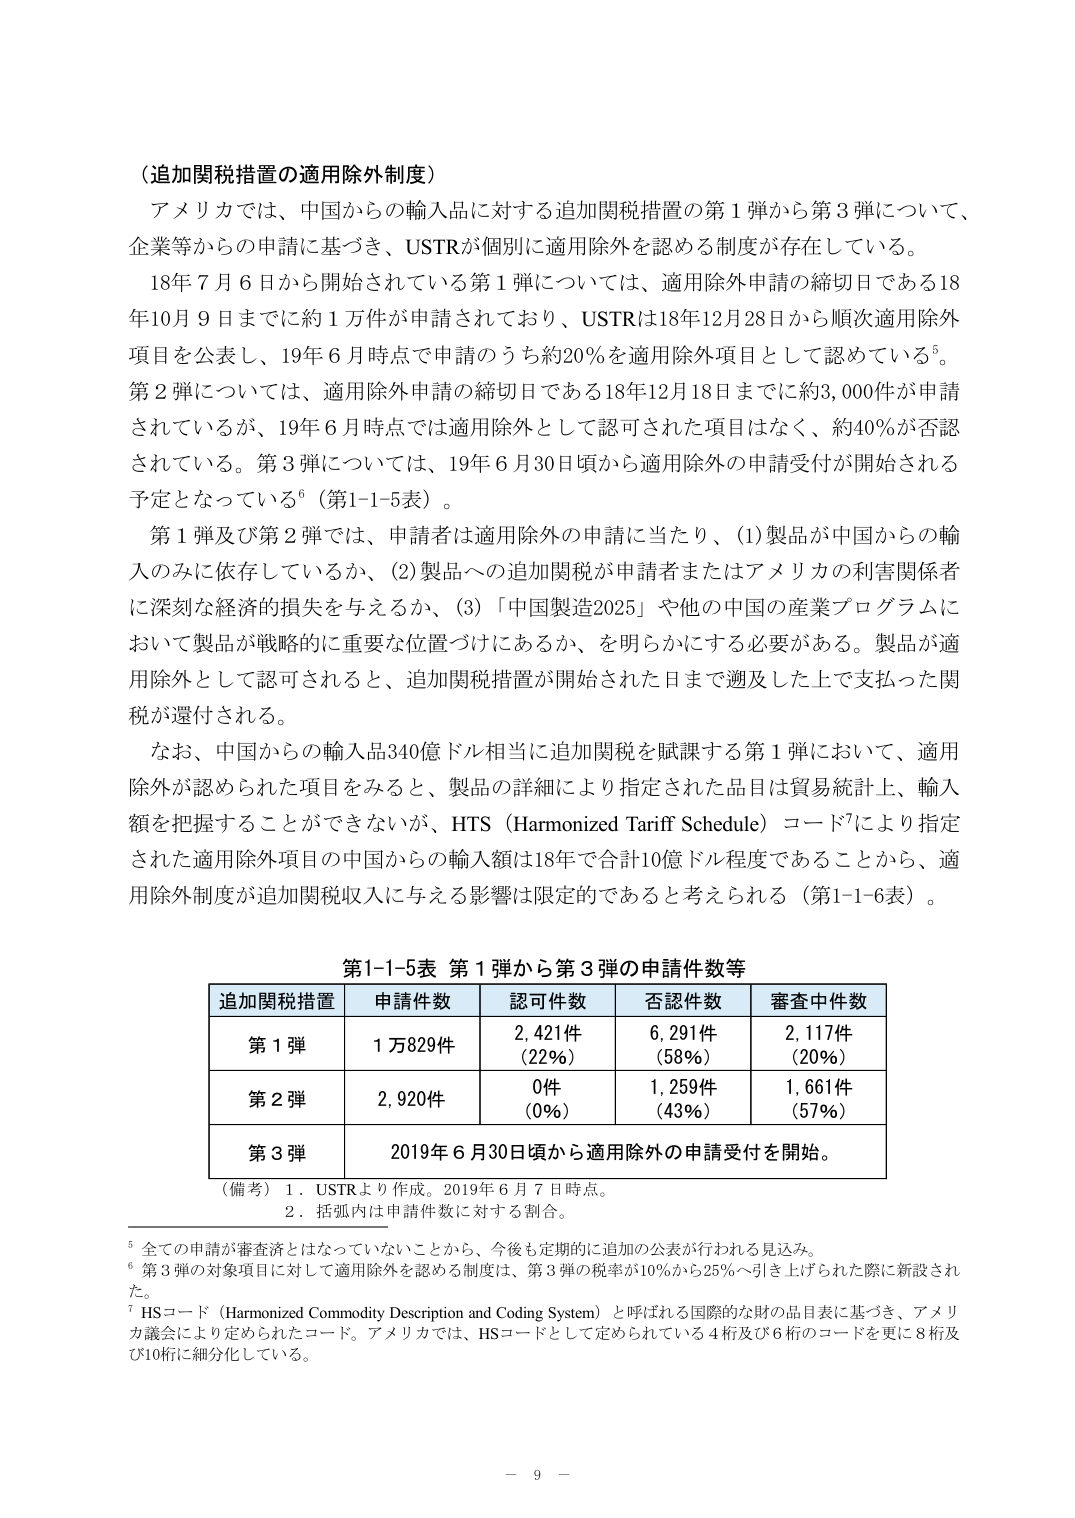
（追加関税措置の適用除外制度）

アメリカでは、中国からの輸入品に対する追加関税措置の第1弾から第3弾について、企業等からの申請に基づき、USTRが個別に適用除外を認める制度が存在している。

18年7月6日から開始されている第1弾については、適用除外申請の締切日である18年10月9日までに約1万件が申請されており、USTRは18年12月28日から順次適用除外項目を公表し、19年6月時点で申請のうち約20％を適用除外項目として認めている⁵。第2弾については、適用除外申請の締切日である18年12月18日までに約3,000件が申請されているが、19年6月時点では適用除外として認可された項目はなく、約40％が否認されている。第3弾については、19年6月30日頃から適用除外の申請受付が開始される予定となっている⁶（第1-1-5表）。

第1弾及び第2弾では、申請者は適用除外の申請に当たり、(1)製品が中国からの輸入のみに依存しているか、(2)製品への追加関税が申請者またはアメリカの利害関係者に深刻な経済的損失を与えるか、(3)「中国製造2025」や他の中国の産業プログラムにおいて製品が戦略的に重要な位置づけにあるか、を明らかにする必要がある。製品が適用除外として認可されると、追加関税措置が開始された日まで遡及した上で支払った関税が還付される。

なお、中国からの輸入品340億ドル相当に追加関税を賦課する第1弾において、適用除外が認められた項目をみると、製品の詳細により指定された品目は貿易統計上、輸入額を把握することができないが、HTS（Harmonized Tariff Schedule）コード⁷により指定された適用除外項目の中国からの輸入額は18年で合計10億ドル程度であることから、適用除外制度が追加関税収入に与える影響は限定的であると考えられる（第1-1-6表）。

第1-1-5表 第1弾から第3弾の申請件数等

| 追加関税措置 | 申請件数 | 認可件数 | 否認件数 | 審査中件数 |
|--------------|----------|----------|----------|------------|
| 第1弾        | 1万829件 | 2,421件（22％） | 6,291件（58％） | 2,117件（20％） |
| 第2弾        | 2,920件  | 0件（0％） | 1,259件（43％） | 1,661件（57％） |
| 第3弾        |          |          |          | 2019年6月30日頃から適用除外の申請受付を開始。 |

（備考）1．USTRより作成。2019年6月7日時点。
　　　2．括弧内は申請件数に対する割合。

⁵ 全ての申請が審査済とはなっていないことから、今後も定期的に追加の公表が行われる見込み。
⁶ 第3弾の対象項目に対して適用除外を認める制度は、第3弾の税率が10％から25％へ引き上げられた際に新設された。
⁷ HSコード（Harmonized Commodity Description and Coding System）と呼ばれる国際的な財の品目表に基づき、アメリカ議会により定められたコード。アメリカでは、HSコードとして定められている4桁及び6桁のコードを更に8桁及び10桁に細分化している。

－ 9 －